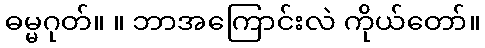
ဓမ္မဂုတ်။ ။ ဘာအကြောင်းလဲ ကိုယ်တော်။